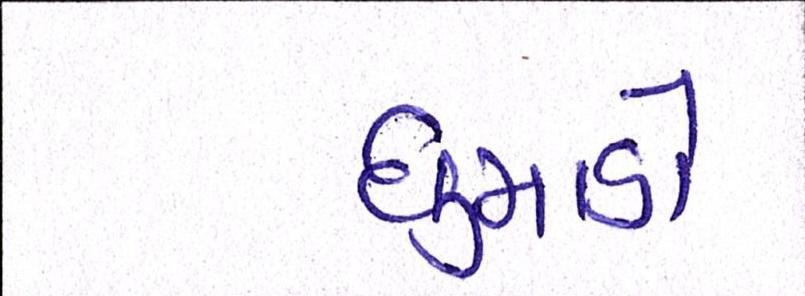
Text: ધુમાડો